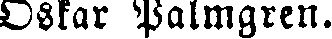
Oskar Palmgren.